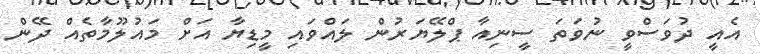
އެއީ ދުވަސްވީ ނުވަތަ ސީނިއާ ޕްލޭޔަރުން ލައްވައި މީޑިޔާ އަށް މައުލޫމާތެއް ދޭން